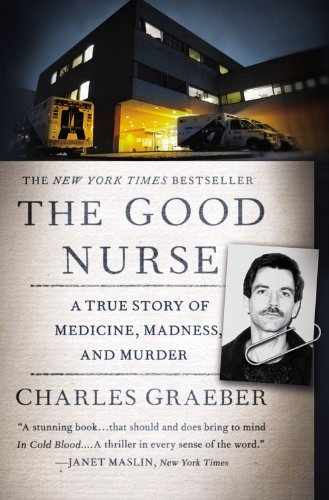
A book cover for The Good Nurse: A True Story of Medicine, Madness, and Murder; Charles Graeber; Medical Books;